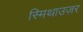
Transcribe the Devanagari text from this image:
स्मिथाउज़र